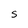
Character: S